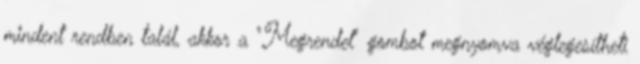
mindent rendben talál, akkor a "Megrendel" gombot megnyomva véglegesítheti